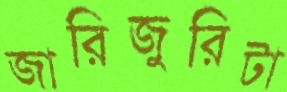
জারিজুরিটা